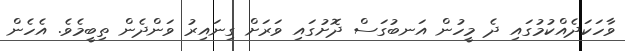
ވާހަކަދެއްކުމުގައި ދެ މީހުން އަނބުގަސް ދޮށުގައި ވަރަށް ގިނައިރު ވަންދެން ތިބީމެވެ. އެހެން